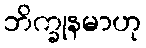
ဘိက္ခုနမာဟု